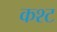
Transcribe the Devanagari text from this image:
कश्ट